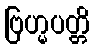
ဗြဟ္မပတ္တိ